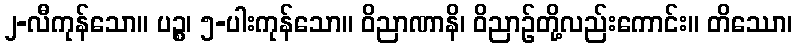
၂-လီကုန်သော။ ပဉ္စ၊ ၅-ပါးကုန်သော။ ဝိညာဏာနိ၊ ဝိညာဉ်တို့လည်းကောင်း။ တိဿော၊